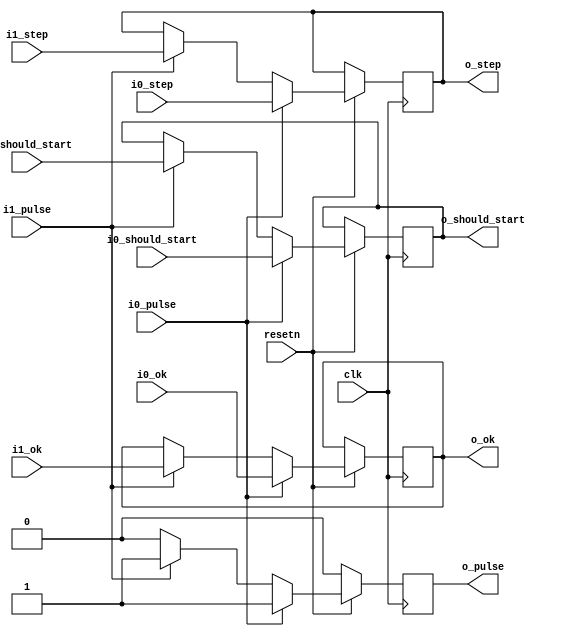
module AM_sel_img # (
	parameter integer C_STEP_NUMBER_WIDTH = 32
) (
	input wire clk,
	input wire resetn,

	input wire i0_pulse,
	input wire signed [C_STEP_NUMBER_WIDTH-1:0] i0_step,
	input wire i0_ok,
	input wire i0_should_start,

	input wire i1_pulse,
	input wire signed [C_STEP_NUMBER_WIDTH-1:0] i1_step,
	input wire i1_ok,
	input wire i1_should_start,
	
	output reg o_pulse,
	output reg signed [C_STEP_NUMBER_WIDTH-1:0] o_step,
	output reg o_ok,
	output reg o_should_start
);

	always @ (posedge clk) begin
		if (resetn == 1'b0) begin
			o_pulse <= 1'b0;
		end
		else if (i0_pulse) begin
			o_pulse <= 1'b1;
			o_step  <= i0_step;
			o_ok    <= i0_ok;
			o_should_start <= i0_should_start;
		end
		else if (i1_pulse) begin
			o_pulse <= 1'b1;
			o_step  <= i1_step;
			o_ok    <= i1_ok;
			o_should_start <= i1_should_start;
		end
		else begin
			o_pulse <= 1'b0;
		end
	end

endmodule